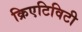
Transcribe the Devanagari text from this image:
क्रिएटिविटी